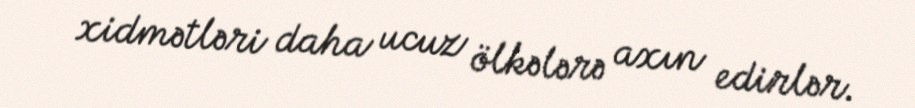
xidmətləri daha ucuz ölkələrə axın edirlər.